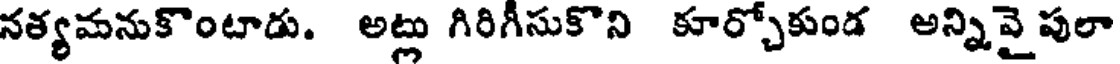
నత్యమనుకొంటాడు. అట్లు గిరిగీసుకొని కూర్చోకుండ అన్నివై పులా